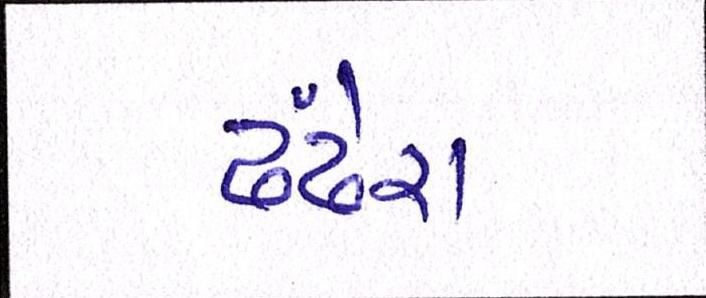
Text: ઢંઢેરા